Indian journal of veterinary science and animal husbandry - Volume 6,
Year: 1936
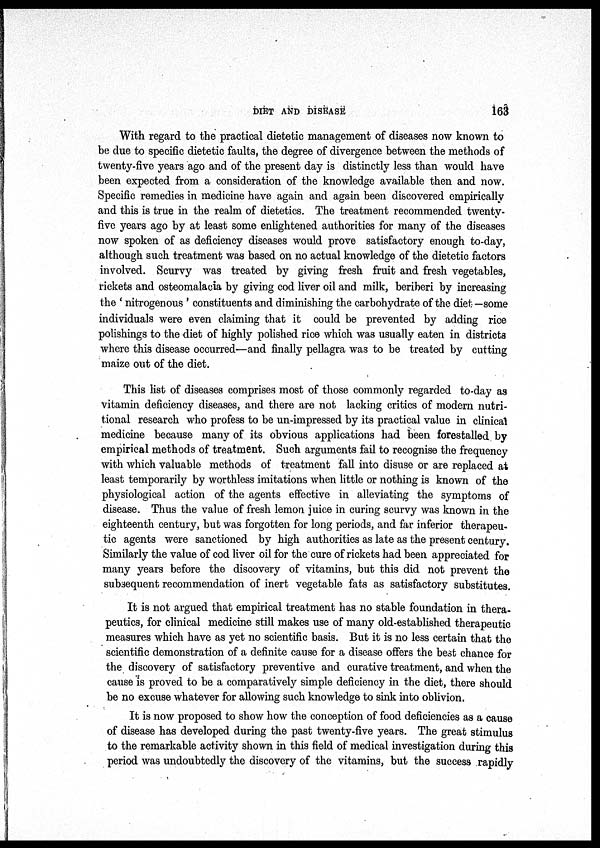
DIET AND DISEASE
163
With regard to the practical dietetic management of diseases now known to
be due to specific dietetic faults, the degree of divergence between the methods of
twenty-five years ago and of the present day is distinctly less than would have
been expected from a consideration of the knowledge available then and now.
Specific remedies in medicine have again and again been discovered empirically
and this is true in the realm of dietetics. The treatment recommended twenty-
five years ago by at least some enlightened authorities for many of the diseases
now spoken of as deficiency diseases would prove satisfactory enough to-day,
although such treatment was based on no actual knowledge of the dietetic factors
involved. Scurvy was treated by giving fresh fruit and fresh vegetables,
rickets and osteomalacia by giving cod liver oil and milk, beriberi by increasing
the ' nitrogenous ' constituents and diminishing the carbohydrate of the diet —some
individuals were even claiming that it could be prevented by adding rice
polishings to the diet of highly polished rice which was usually eaten in districts
where this disease occurred—and finally pellagra was to be treated by cutting
maize out of the diet.
This list of diseases comprises most of those commonly regarded to-day as
vitamin deficiency diseases, and there are not lacking critics of modern nutri-
tional research who profess to be un-impressed by its practical value in clinical
medicine because many of its obvious applications had been forestalled by
empirical methods of treatment. Such arguments fail to recognise the frequency
with which valuable methods of treatment fall into disuse or are replaced at
least temporarily by worthless imitations when little or nothing is known of the
physiological action of the agents effective in alleviating the symptoms of
disease. Thus the value of fresh lemon juice in curing scurvy was known in the
eighteenth century, but was forgotten for long periods, and far inferior therapeu-
tic agents were sanctioned by high authorities as late as the present century.
Similarly the value of cod liver oil for the cure of rickets had been appreciated for
many years before the discovery of vitamins, but this did not prevent the
subsequent recommendation of inert vegetable fats as satisfactory substitutes.
It is not argued that empirical treatment has no stable foundation in thera-
peutics, for clinical medicine still makes use of many old-established therapeutic
measures which have as yet no scientific basis. But it is no less certain that the
scientific demonstration of a definite cause for a disease offers the best chance for
the discovery of satisfactory preventive and curative treatment, and when the
cause is proved to be a comparatively simple deficiency in the diet, there should
be no excuse whatever for allowing such knowledge to sink into oblivion.
It is now proposed to show how the conception of food deficiencies as a cause
of disease has developed during the past twenty-five years. The great stimulus
to the remarkable activity shown in this field of medical investigation during this
period was undoubtedly the discovery of the vitamins, but the success rapidly